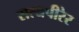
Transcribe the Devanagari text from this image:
सत्यपीरेर